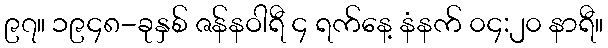
၉၇။ ၁၉၄၈-ခုနှစ် ဇန်နဝါရီ ၄ ရက်နေ့ နံနက် ၀၄:၂၀ နာရီ။